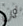
لن